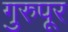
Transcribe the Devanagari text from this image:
गुरुपूर